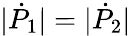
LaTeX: |{\dot{P}}_{1}|=|{\dot{P}}_{2}|